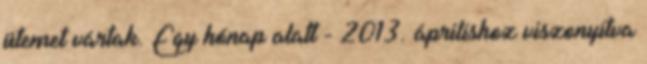
ütemet vártak. Egy hónap alatt - 2013. áprilishoz viszonyítva